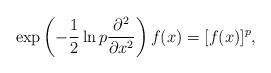
LaTeX: \begin{align*}\exp\left(-\frac{1}{2}\ln p\frac{\partial^2}{\partial x^2}\right)f(x)=[f(x)]^p,\end{align*}